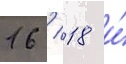
16 / 18 и́